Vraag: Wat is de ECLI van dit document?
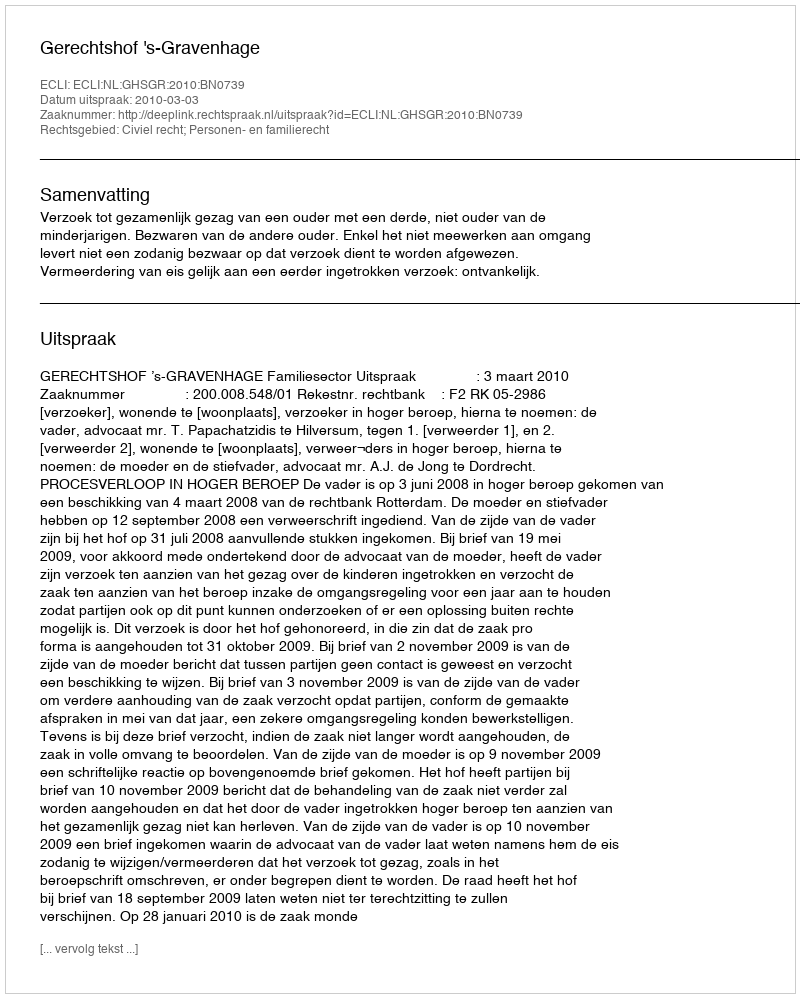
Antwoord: ECLI:NL:GHSGR:2010:BN0739